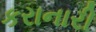
કરાનારી